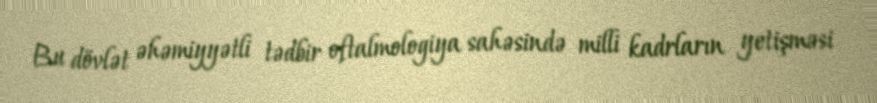
Bu dövlət əhəmiyyətli tədbir oftalmologiya sahəsində milli kadrların yetişməsi